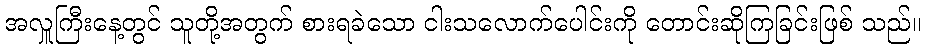
အလှူကြီးနေ့တွင် သူတို့အတွက် စားရခဲသော ငါးသလောက်ပေါင်းကို တောင်းဆိုကြခြင်းဖြစ် သည်။